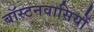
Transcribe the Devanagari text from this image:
बॉस्टनवासियों